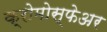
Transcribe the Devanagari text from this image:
क्रोमोस्फेअर